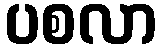
ပစလာ